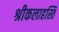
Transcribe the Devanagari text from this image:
श्रीकलाहस्ति